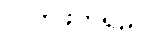
လက်ဖက်ရည်